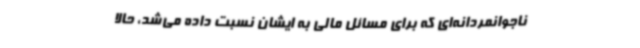
ناجوانمردانه‌ای که برای مسائل مالی به ایشان نسبت داده می‌شد، حالا